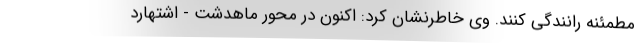
مطمئنه رانندگی کنند. وی خاطرنشان کرد: اکنون در محور ماهدشت - اشتهارد